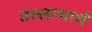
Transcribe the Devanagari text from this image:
तल्लाभार्थं